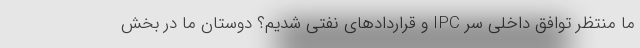
ما منتظر توافق داخلی سر IPC و قراردادهای نفتی شدیم؟ دوستان ما در بخش